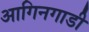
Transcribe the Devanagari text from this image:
आगिनगाडी